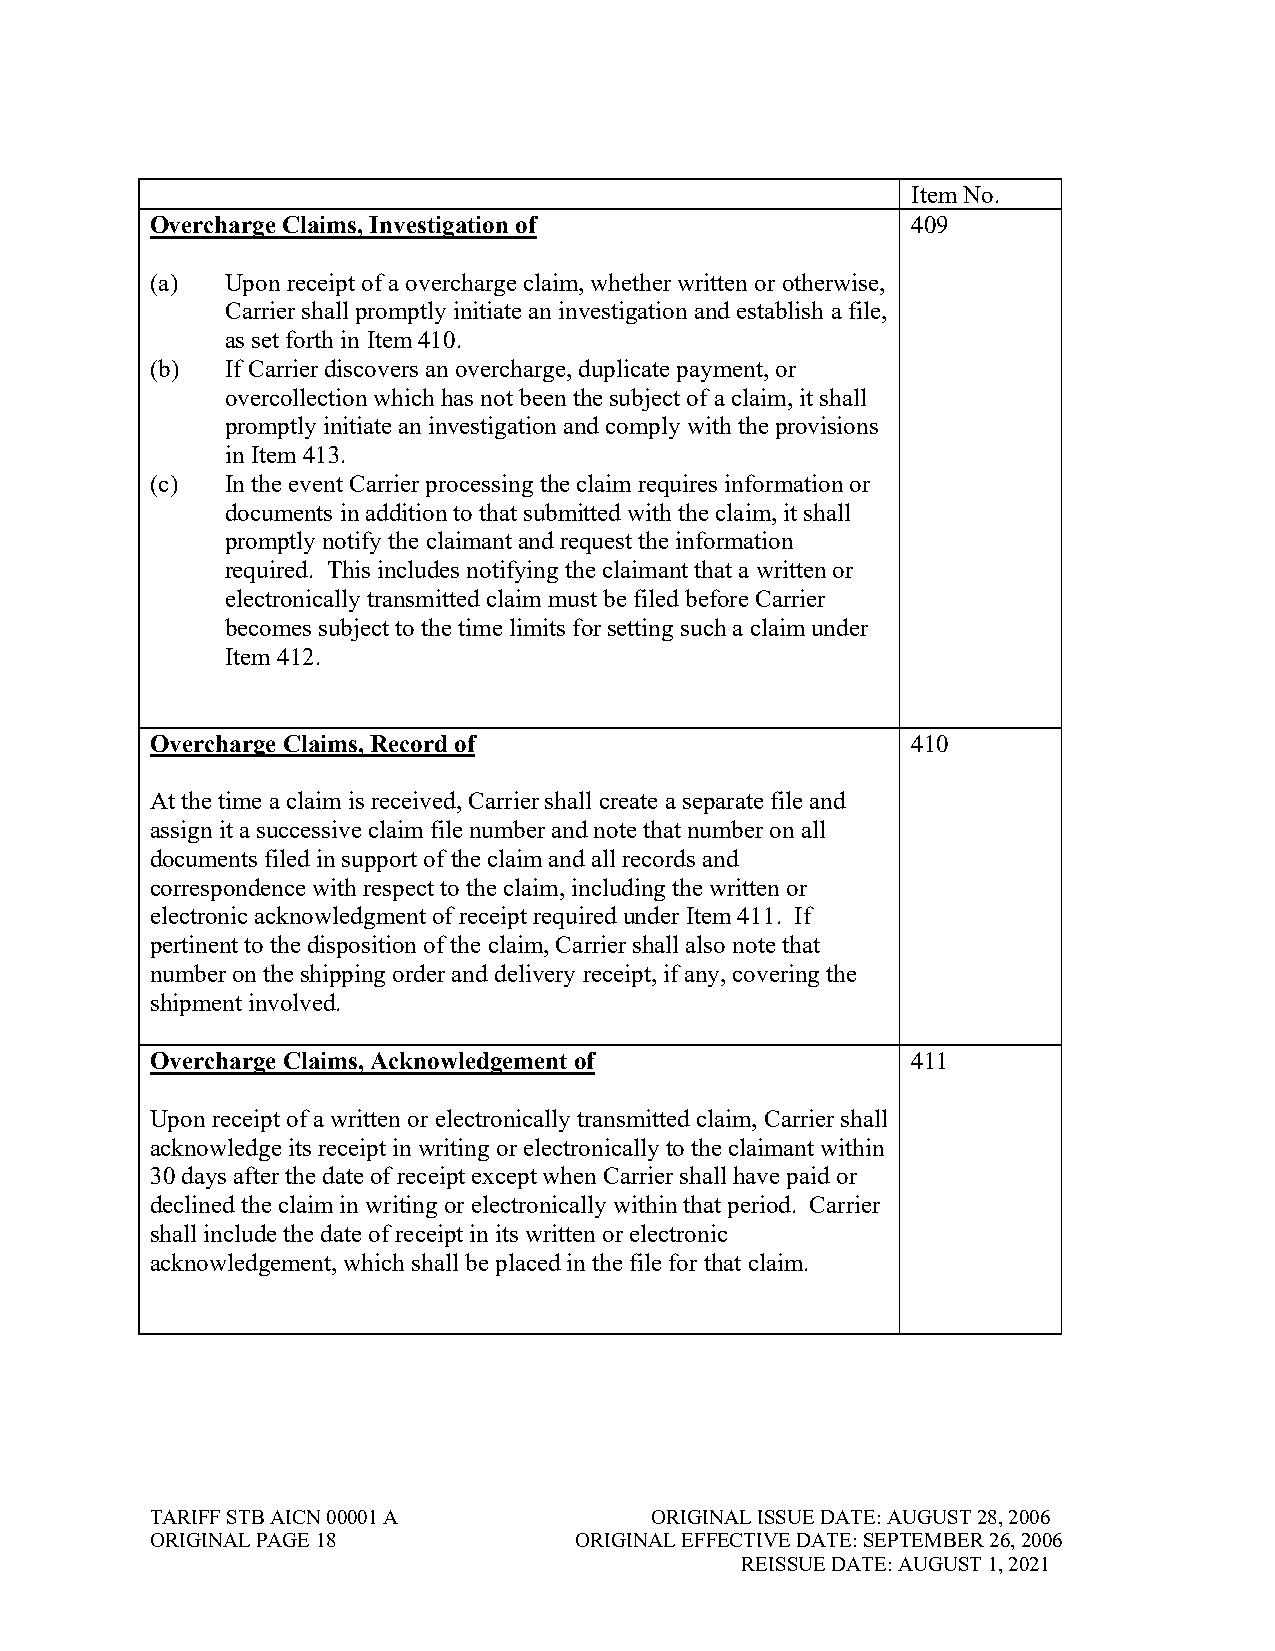
Item No.
 Overcharge Claims, Investigation of               409
 (a)  Upon receipt of a overcharge claim, whether written or otherwise,
 Carrier shall promptly initiate an investigation and establish a file,
 as set forth in Item 410.
 (b)  If Carrier discovers an overcharge, duplicate payment, or
 overcollection which has not been the subject of a claim, it shall
 promptly initiate an investigation and comply with the provisions
 in Item 413.
 (c)  In the event Carrier processing the claim requires information or
 documents in addition to that submitted with the claim, it shall
 promptly notify the claimant and request the information
 required. This includes notifying the claimant that a written or
 electronically transmitted claim must be filed before Carrier
 becomes subject to the time limits for setting such a claim under
 Item 412.
 Overcharge Claims, Record of                      410
 At the time a claim is received, Carrier shall create a separate file and
 assign it a successive claim file number and note that number on all
 documents filed in support of the claim and all records and
 correspondence with respect to the claim, including the written or
 electronic acknowledgment of receipt required under Item 411. If
 pertinent to the disposition of the claim, Carrier shall also note that
 number on the shipping order and delivery receipt, if any, covering the
 shipment involved.
 Overcharge Claims, Acknowledgement of             411
 Upon receipt of a written or electronically transmitted claim, Carrier shall
 acknowledge its receipt in writing or electronically to the claimant within
 30 days after the date of receipt except when Carrier shall have paid or
 declined the claim in writing or electronically within that period. Carrier
 shall include the date of receipt in its written or electronic
 acknowledgement, which shall be placed in the file for that claim.
 TARIFF STB AICN 00001 A          ORIGINAL ISSUE DATE: AUGUST 28, 2006
 ORIGINAL PAGE 18            ORIGINAL EFFECTIVE DATE: SEPTEMBER 26, 2006
 REISSUE DATE: AUGUST 1, 2021